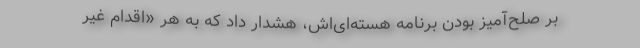
بر صلح‌آمیز بودن برنامه هسته‌ای‌اش، هشدار داد که به هر «اقدام غیر